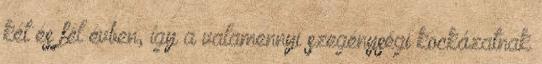
két és fél évben, így a valamennyi szegénységi kockázatnak